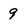
Character: 9